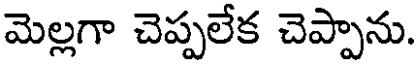
మెల్లగా చెప్పలేక చెప్పాను.